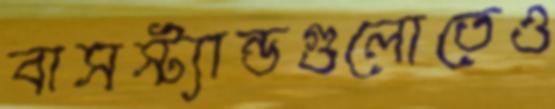
বাসস্ট্যান্ডগুলোতেও